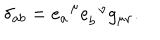
LaTeX: \delta _ { a b } = e _ { a } ^ { \; \; \mu } e _ { b } ^ { \; \; \nu } g _ { \mu \nu } .